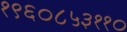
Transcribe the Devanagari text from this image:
१९६०८५३११०